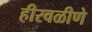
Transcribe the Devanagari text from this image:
हीरवळीणे